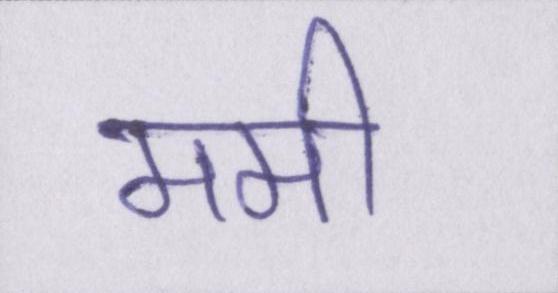
ममी